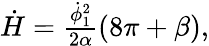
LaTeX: \begin{array}{r}{\dot{H}=\frac{{\dot{\phi}}_{1}^{2}}{2\alpha}(8\pi+\beta),}\end{array}